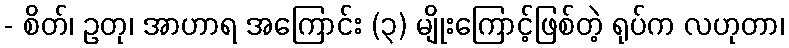
- စိတ်၊ ဥတု၊ အာဟာရ အကြောင်း (၃) မျိုးကြောင့်ဖြစ်တဲ့ ရုပ်က လဟုတာ၊